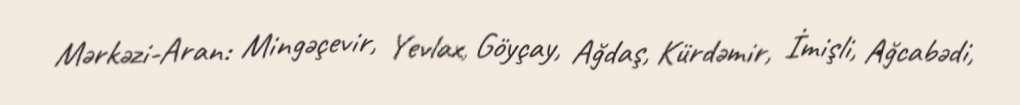
Mərkəzi-Aran: Mingəçevir, Yevlax, Göyçay, Ağdaş, Kürdəmir, İmişli, Ağcabədi,